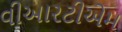
વીઆરટીએમ